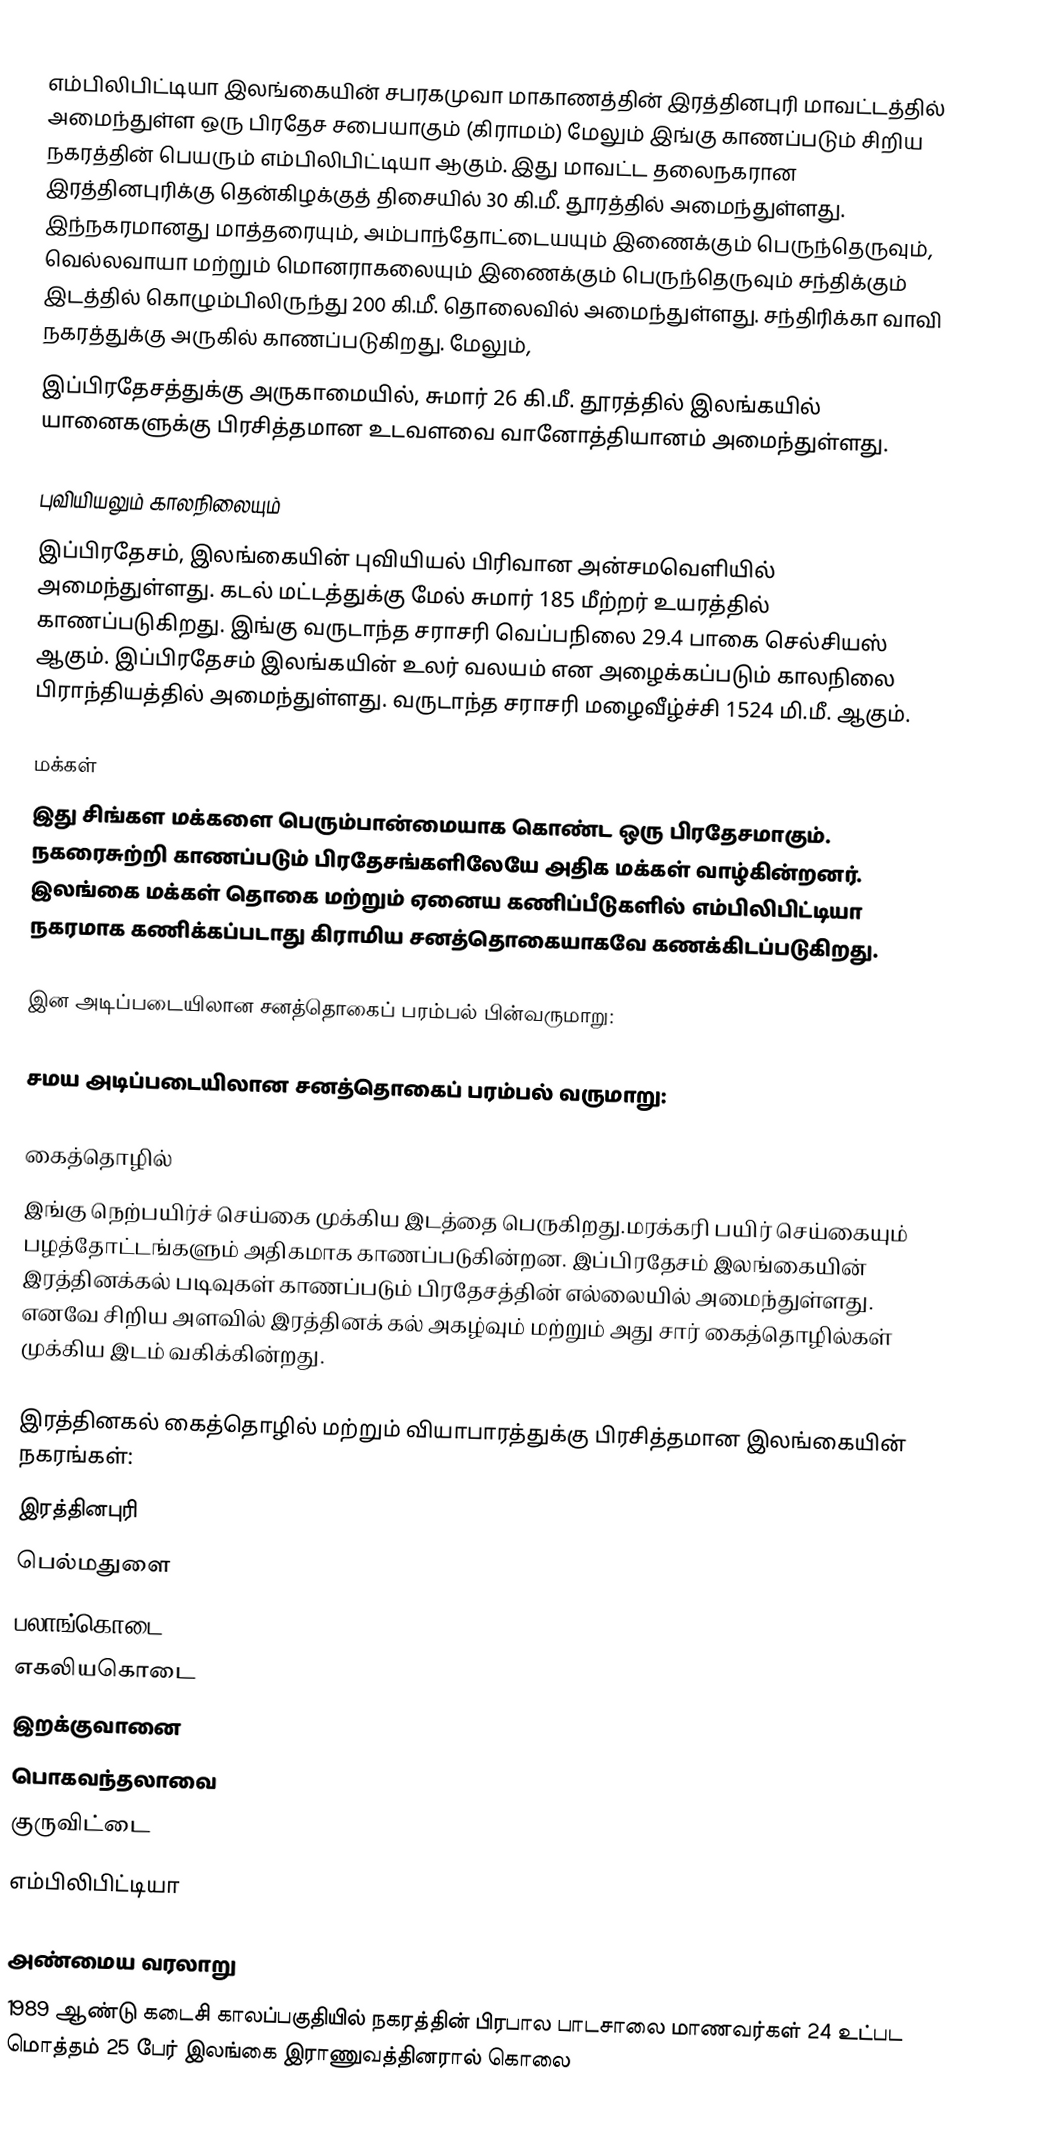
எம்பிலிபிட்டியா இலங்கையின் சபரகமுவா மாகாணத்தின் இரத்தினபுரி மாவட்டத்தில் அமைந்துள்ள ஒரு பிரதேச சபையாகும் (கிராமம்) மேலும் இங்கு காணப்படும் சிறிய நகரத்தின் பெயரும் எம்பிலிபிட்டியா ஆகும். இது மாவட்ட தலைநகரான இரத்தினபுரிக்கு தென்கிழக்குத் திசையில் 30 கி.மீ. தூரத்தில் அமைந்துள்ளது. இந்நகரமானது மாத்தரையும், அம்பாந்தோட்டையயும் இணைக்கும் பெருந்தெருவும், வெல்லவாயா மற்றும் மொனராகலையும் இணைக்கும் பெருந்தெருவும் சந்திக்கும் இடத்தில்  கொழும்பிலிருந்து 200 கி.மீ. தொலைவில் அமைந்துள்ளது. சந்திரிக்கா வாவி நகரத்துக்கு அருகில் காணப்படுகிறது. மேலும்,
இப்பிரதேசத்துக்கு அருகாமையில், சுமார் 26 கி.மீ. தூரத்தில் இலங்கயில் யானைகளுக்கு பிரசித்தமான உடவளவை வானோத்தியானம் அமைந்துள்ளது.

புவியியலும் காலநிலையும்
இப்பிரதேசம், இலங்கையின் புவியியல் பிரிவான அன்சமவெளியில் அமைந்துள்ளது. கடல் மட்டத்துக்கு மேல் சுமார் 185 மீற்றர்  உயரத்தில் காணப்படுகிறது. இங்கு வருடாந்த சராசரி வெப்பநிலை 29.4 பாகை செல்சியஸ் ஆகும். இப்பிரதேசம் இலங்கயின் உலர் வலயம் என அழைக்கப்படும் காலநிலை பிராந்தியத்தில் அமைந்துள்ளது. வருடாந்த சராசரி மழைவீழ்ச்சி 1524 மி.மீ. ஆகும்.

மக்கள்
இது சிங்கள மக்களை பெரும்பான்மையாக கொண்ட ஒரு பிரதேசமாகும். நகரைசுற்றி காணப்படும் பிரதேசங்களிலேயே அதிக மக்கள் வாழ்கின்றனர். இலங்கை மக்கள் தொகை மற்றும் ஏனைய கணிப்பீடுகளில் எம்பிலிபிட்டியா நகரமாக கணிக்கப்படாது கிராமிய சனத்தொகையாகவே கணக்கிடப்படுகிறது.

இன அடிப்படையிலான சனத்தொகைப் பரம்பல் பின்வருமாறு:

சமய அடிப்படையிலான சனத்தொகைப் பரம்பல் வருமாறு:

கைத்தொழில்
இங்கு நெற்பயிர்ச் செய்கை முக்கிய இடத்தை பெருகிறது.மரக்கரி பயிர் செய்கையும் பழத்தோட்டங்களும் அதிகமாக காணப்படுகின்றன. இப்பிரதேசம் இலங்கையின் இரத்தினக்கல் படிவுகள் காணப்படும் பிரதேசத்தின் எல்லையில் அமைந்துள்ளது. எனவே சிறிய அளவில் இரத்தினக் கல் அகழ்வும் மற்றும் அது சார் கைத்தொழில்கள் முக்கிய இடம் வகிக்கின்றது.

இரத்தினகல் கைத்தொழில் மற்றும் வியாபாரத்துக்கு பிரசித்தமான இலங்கையின் நகரங்கள்:
இரத்தினபுரி
பெல்மதுளை
பலாங்கொடை
எகலியகொடை
இறக்குவானை
பொகவந்தலாவை
குருவிட்டை
எம்பிலிபிட்டியா

அண்மைய வரலாறு
1989 ஆண்டு கடைசி காலப்பகுதியில் நகரத்தின் பிரபால பாடசாலை மாணவர்கள் 24 உட்பட மொத்தம் 25 பேர் இலங்கை இராணுவத்தினரால் கொலை